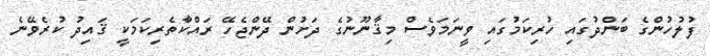
ފުލުހުންގެ ބަންދުގައި ހުރިކަމުގައި ވީނަމަވެސް މިޤާނޫނުގެ ދަށުން ދޭންޖެހޭ ރައްކާތެރިކަމަކީ ޤައިދު ކުރެވޭނެ